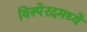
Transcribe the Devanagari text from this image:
विस्पेरदमध्ये